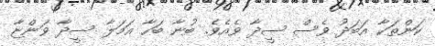
ކަންތަކާ އަބަދު ވެސް ސީދާ ވެއެވެ. ބުނާ ބަހާ އަމަލާ ސީދާ ވަންޏާ